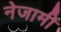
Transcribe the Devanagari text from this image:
नेजामी